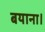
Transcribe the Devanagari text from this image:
बयाना।